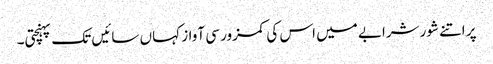
پر اتنے شورشرابے میں اس کی کمزور سی آواز کہاں سائیں تک پہنچتی۔